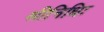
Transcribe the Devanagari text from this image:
श्रीनिधिः